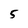
Character: 5